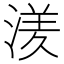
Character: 湵